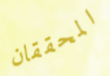
المحققان